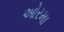
ઓરમા